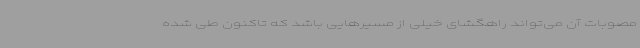
مصوبات آن می‌تواند راهگشای خیلی از مسیرهایی باشد که تاکنون طی شده